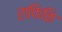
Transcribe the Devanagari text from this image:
राफिकि